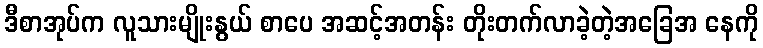
ဒီစာအုပ်က လူသားမျိုးနွယ် စာပေ အဆင့်အတန်း တိုးတက်လာခဲ့တဲ့အခြေအ နေကို